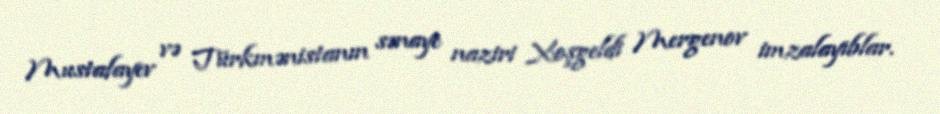
Mustafayev və Türkmənistanın sənaye naziri Xoşgeldi Mergenov imzalayıblar.